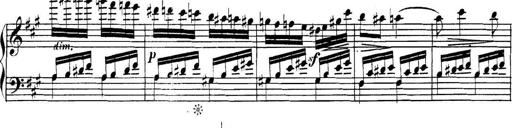
Title: Collected Piano Sonatas
Composer: Muzio Clementi